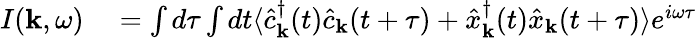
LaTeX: \begin{array}{rl}{I({\mathbf k},\omega)}&{{}=\int d\tau\int dt\langle\hat{c}_{\mathbf k}^{\dagger}(t)\hat{c}_{\mathbf k}(t+\tau)+\hat{x}_{\mathbf k}^{\dagger}(t)\hat{x}_{\mathbf k}(t+\tau)\rangle e^{i\omega\tau}}\end{array}